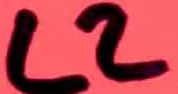
Text: L2